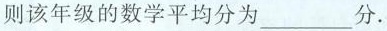
则该年级的数学平均分为___分.